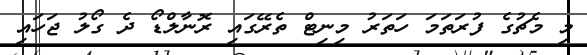
މި މެޗުގެ ފުރަތަމަ ހަތަރު މިނިޓް ތެރޭގައި ރޮނާލްޑޯ ދެ ގޯލު ޖަހައި